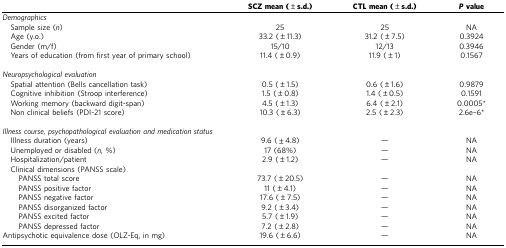
<table><thead><tr><td><b> </b></td><td><b>SCZ mean (±s.d.)</b></td><td><b>CTL mean (±s.d.)</b></td><td><b><i>P</i>value</b></td></tr></thead><tbody><tr><td colspan="4"><i>Demographics</i></td></tr><tr><td> Sample size (<i>n</i>)</td><td>25</td><td>25</td><td>NA</td></tr><tr><td> Age (y.o.)</td><td>33.2 (±11.3)</td><td>31.2 (±7.5)</td><td>0.3924</td></tr><tr><td> Gender (m/f)</td><td>15/10</td><td>12/13</td><td>0.3946</td></tr><tr><td> Years of education (from first year of primary school)</td><td>11.4 (±0.9)</td><td>11.9 (±1)</td><td>0.1567</td></tr><tr><td> </td><td> </td><td> </td><td> </td></tr><tr><td colspan="4"><i>Neuropsychological evaluation</i></td></tr><tr><td> Spatial attention (Bells cancellation task)</td><td>0.5 (±1.5)</td><td>0.6 (±1.6)</td><td>0.9879</td></tr><tr><td> Cognitive inhibition (Stroop interference)</td><td>1.5 (±0.8)</td><td>1.4 (±0.5)</td><td>0.1591</td></tr><tr><td> Working memory (backward digit-span)</td><td>4.5 (±1.3)</td><td>6.4 (±2.1)</td><td>0.0005*</td></tr><tr><td> Non clinical beliefs (PDI-21 score)</td><td>10.3 (±6.3)</td><td>2.5 (±2.3)</td><td>2.6e–6*</td></tr><tr><td> </td><td> </td><td> </td><td> </td></tr><tr><td colspan="4"><i>Illness course, psychopathological evaluation and medication status</i></td></tr><tr><td> Illness duration (years)</td><td>9.6 (±4.8)</td><td>—</td><td>NA</td></tr><tr><td> Unemployed or disabled (<i>n</i>, %)</td><td>17 (68%)</td><td>—</td><td>NA</td></tr><tr><td> Hospitalization/patient</td><td>2.9 (±1.2)</td><td>—</td><td>NA</td></tr><tr><td> Clinical dimensions (PANSS scale)</td><td> </td><td> </td><td> </td></tr><tr><td>PANSS total score</td><td>73.7 (±20.5)</td><td>—</td><td>NA</td></tr><tr><td>PANSS positive factor</td><td>11 (±4.1)</td><td>—</td><td>NA</td></tr><tr><td>PANSS negative factor</td><td>17.6 (±7.5)</td><td>—</td><td>NA</td></tr><tr><td>PANSS disorganized factor</td><td>9.2 (±3.4)</td><td>—</td><td>NA</td></tr><tr><td>PANSS excited factor</td><td>5.7 (±1.9)</td><td>—</td><td>NA</td></tr><tr><td>PANSS depressed factor</td><td>7.2 (±2.8)</td><td>—</td><td>NA</td></tr><tr><td>Antipsychotic equivalence dose (OLZ-Eq, in mg)</td><td>19.6 (±6.6)</td><td>—</td><td>NA</td></tr></tbody></table>